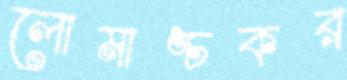
লোমাঙ্চকর